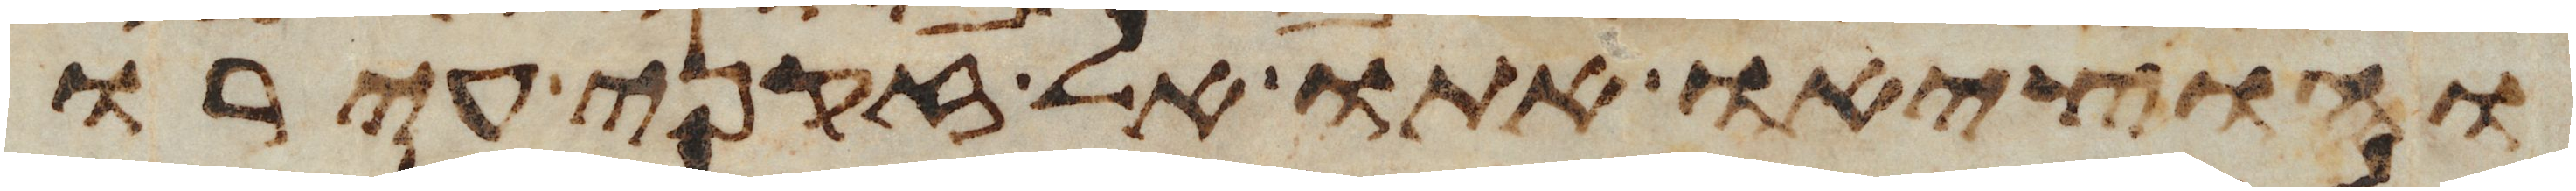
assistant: והוציאו אתו אל זקני עירו